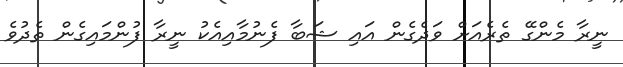
ނީރާ މެންގޭ ތެރެއަށް ވަދެގެން އައި ޝަބާ ފެނުމާއިއެކު ނީރާ ފުންމައިގެން ތެދުވެ